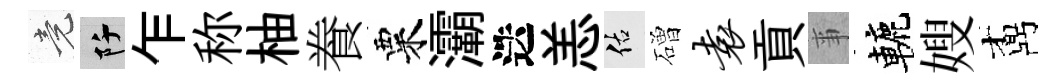
竟阡乍称柚飬粟灞迭恙佑磳袁貢亊轆嫂鼒